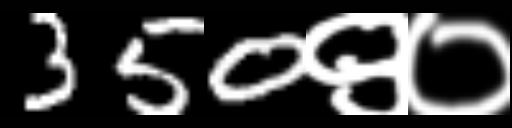
Text: 350९०